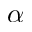
\alpha